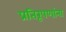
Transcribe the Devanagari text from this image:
प्रतिरूपणांना